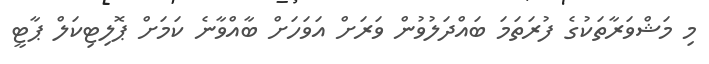
މި މަޝްވަރާތަކުގެ ފުރަތަމަ ބައްދަލުވުން ވަރަށް އަވަހަށް ބާއްވާނެ ކަމަށް ޕޮލިޓިކަލް ޕާޓީ